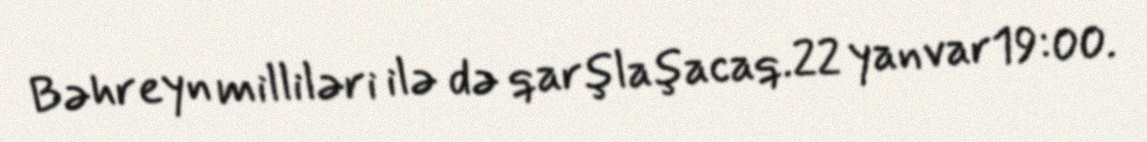
Bəhreyn milliləri ilə də qarşlaşacaq.22 yanvar19:00.